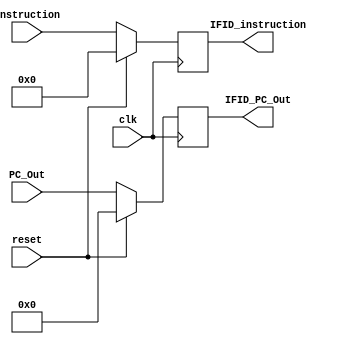
module IF_ID(

  input clk, reset,
  input [31:0] instruction,
  input [63:0] PC_Out,
  output reg [31:0] IFID_instruction,
  output reg [63:0] IFID_PC_Out

  );

  always @(posedge clk)
  begin
    if(reset)
      begin
        IFID_instruction = 0;
        IFID_PC_Out = 0;
      end
    else
      begin
        IFID_instruction = instruction;
        IFID_PC_Out = PC_Out;
        
      end
  end
endmodule